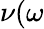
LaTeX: \nu(\omega